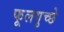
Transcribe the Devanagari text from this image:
फूलगुच्छे